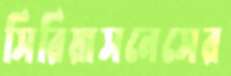
সিরিয়াসনেসের